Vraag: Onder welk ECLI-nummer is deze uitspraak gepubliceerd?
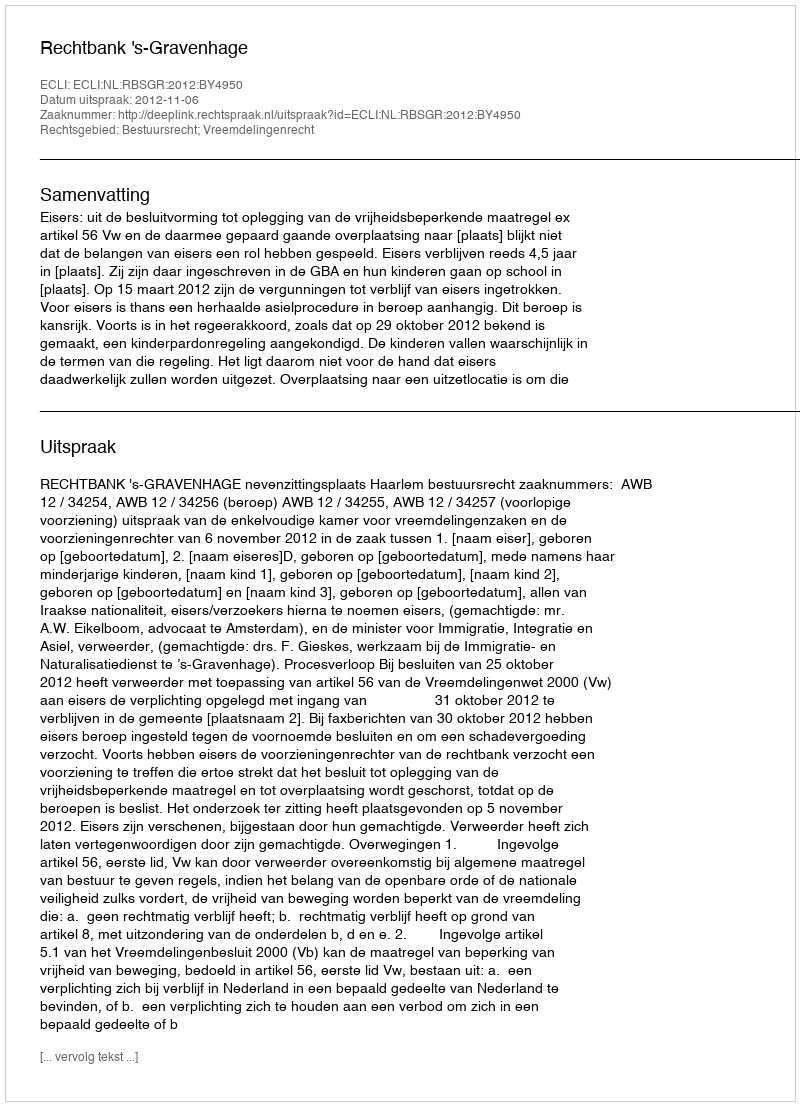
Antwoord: ECLI:NL:RBSGR:2012:BY4950